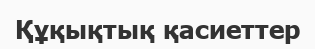
Құқықтық қасиеттер